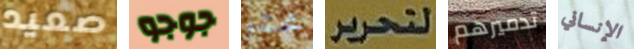
صعيد جوجو محشو لتحرير تدميرهم الإنساني